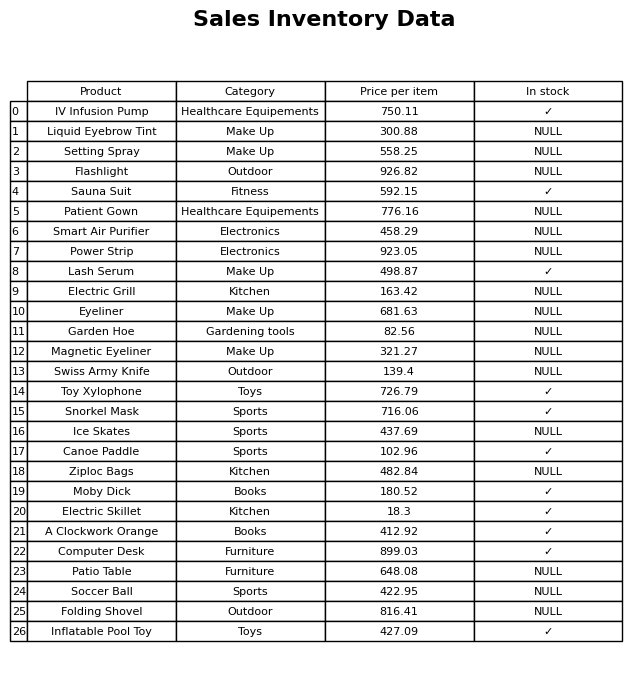
question: What is the price for Power Strip?
answer: The price of Power Strip is 923.05.